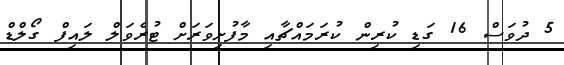
5 ދުވަސް 16 ގަޑި ކުރިން ކުރަމައްޗާއި މާފުށިވަރަށް ޓުރެވަލް ލައިފް ގޯލްޑް